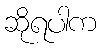
ဆိုရပါက